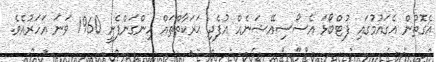
އެގޮތުން އެގައުމުގައި ފުޓްބޯޅަ އެސޯސިއޭޝަނެއް އުފެދި ޙަރަކާތްތައް ހިންގަންފެށީ 1960 ވަނަ އަހަރުއެވެ.